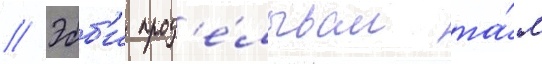
// Эбб'и прод'е́лывал та́м